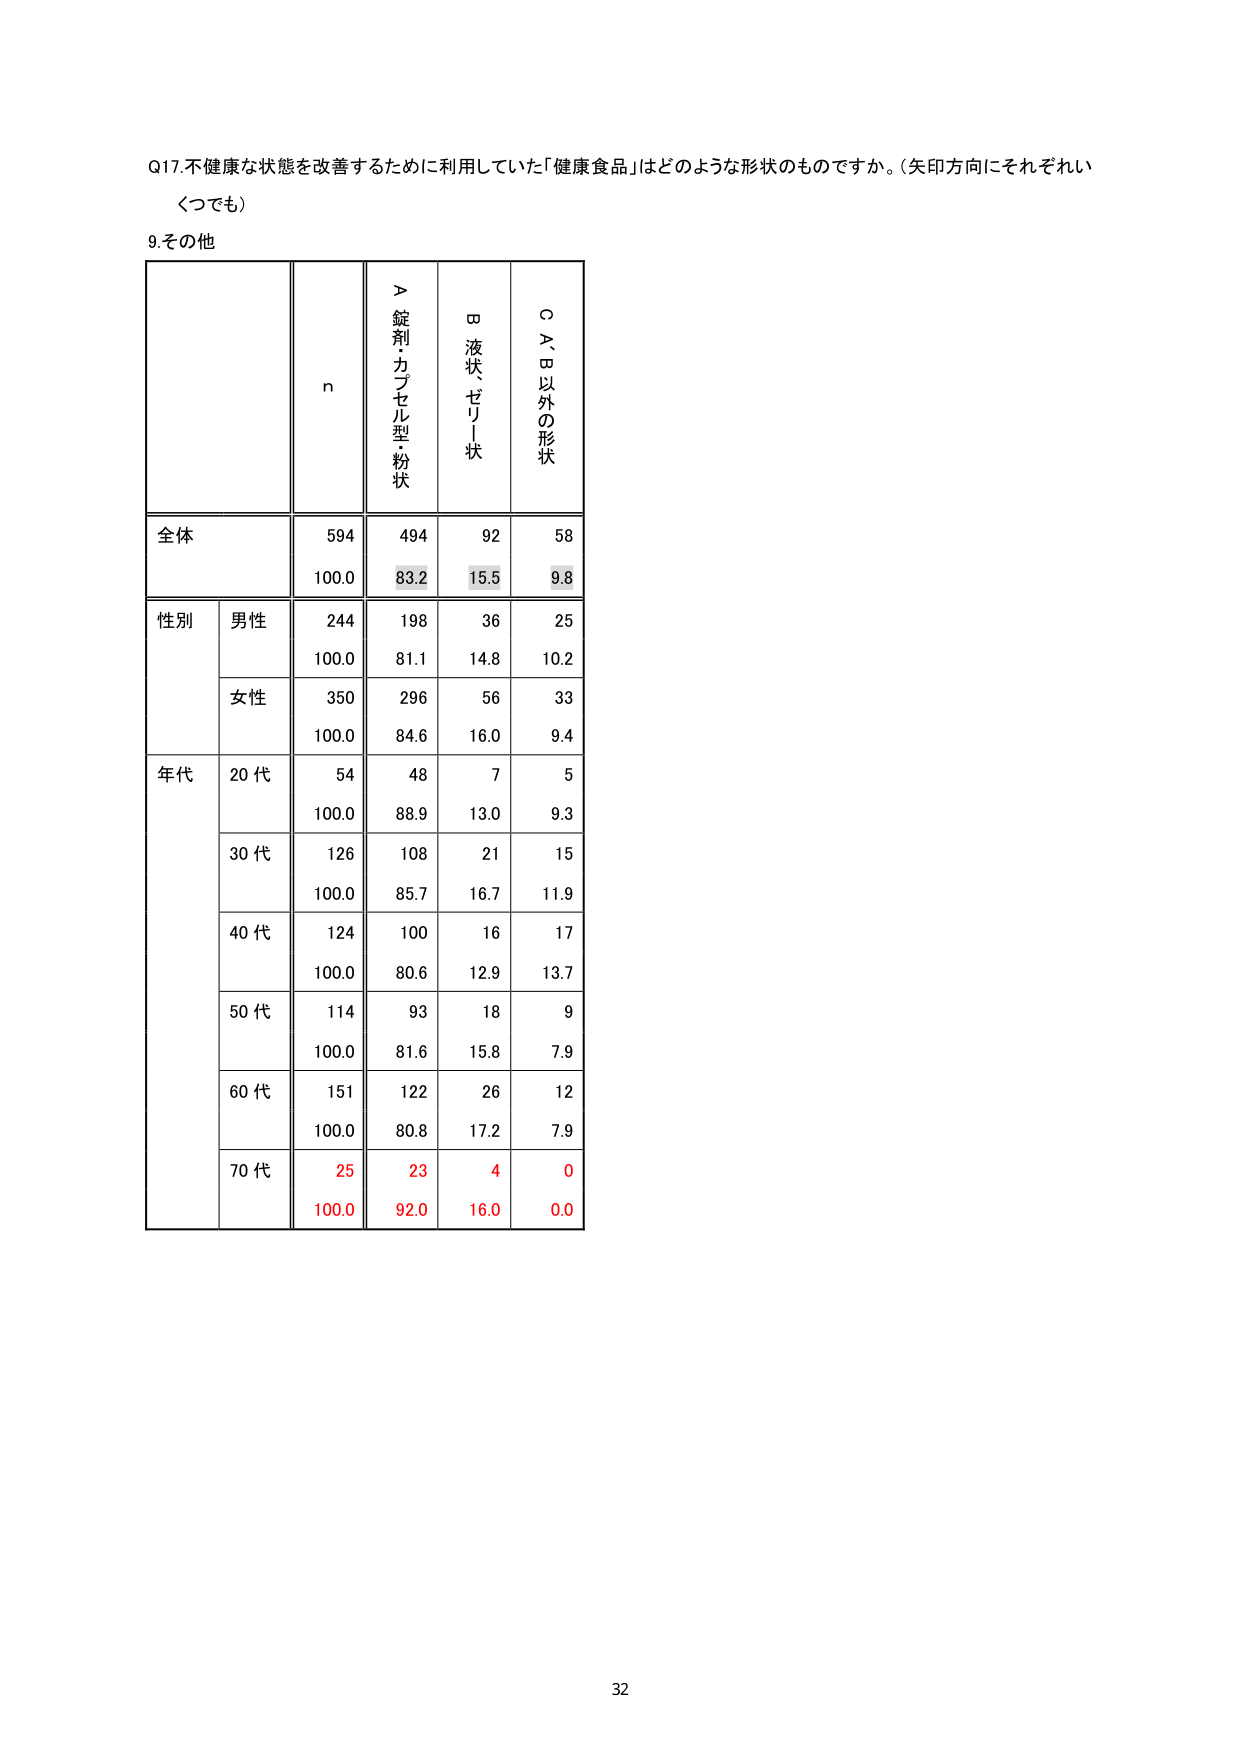
Q17.不健康な状態を改善するために利用していた「健康食品」はどのような形状のものですか。（矢印方向にそれぞれいくつでも）

9.その他

n
＞錠剤・カプセル型・粉状
□液状・ゼリー状
○A、B以外の形状

全体
594
494
92
58
100.0
83.2
15.5
9.8

性別
男性
244
198
36
25
100.0
81.1
14.8
10.2
女性
350
296
56
33
100.0
84.6
16.0
9.4

年代
20代
54
48
7
5
100.0
88.9
13.0
9.3
30代
126
108
21
15
100.0
85.7
16.7
11.9
40代
124
100
16
17
100.0
80.6
12.9
13.7
50代
114
93
18
9
100.0
81.6
15.8
7.9
60代
151
122
26
12
100.0
80.8
17.2
7.9
70代
25
23
4
0
100.0
92.0
16.0
0.0

32